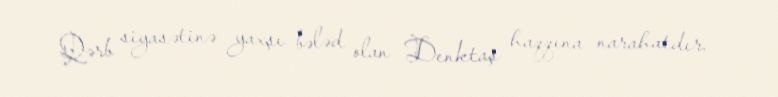
Qərb siyasətinə yaxşı bələd olan Denktaş haqqına narahatdır.